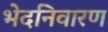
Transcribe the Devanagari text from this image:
भेदनिवारण